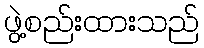
ဖွဲ့စည်းထားသည်